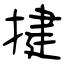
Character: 揵